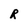
Character: R